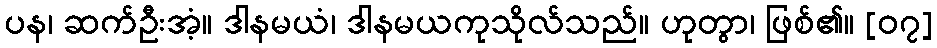
ပန၊ ဆက်ဦးအံ့။ ဒါနမယံ၊ ဒါနမယကုသိုလ်သည်။ ဟုတွာ၊ ဖြစ်၏။ [၀၇]